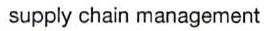
 supply chain management